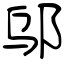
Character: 邬